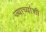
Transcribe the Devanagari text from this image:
ज्याच्यांशी